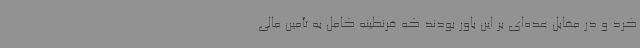
کرد و در مقابل عده‌ای بر این باور بودند که قرنطینه کامل به تأمین مالی